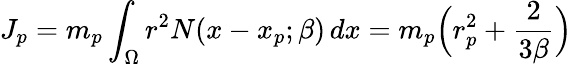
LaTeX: J_{p}=m_{p}\int_{\Omega}r^{2}{N}(x-x_{p};\beta)\, dx=m_{p}\Big(r_{p}^{2}+\frac{2}{3\beta}\Big)